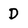
Character: D